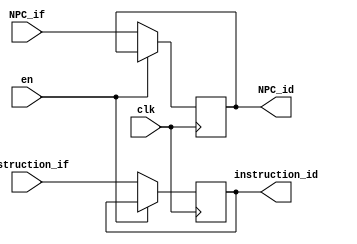
`timescale 1ns / 1ps
//////////////////////////////////////////////////////////////////////////////////
// Company: 
// Engineer: 
// 
// Design Name: 
// Module Name: IF_ID_REG
// Project Name: 
// Target Devices: 
// Tool Versions: 
// Description: 
// 
// Dependencies: 
// 
// Revision:
// Revision 0.01 - File Created
// Additional Comments:
// 
//////////////////////////////////////////////////////////////////////////////////


module IF_ID_REG(
    en,clk,
    NPC_if,instruction_if,
    NPC_id,instruction_id
    );
    input en,clk;
    input [31:0] NPC_if,instruction_if;
    output reg [31:0] NPC_id,instruction_id;
    
    initial
    begin
        NPC_id = 0;
        instruction_id = 0;
    end
    
    always@(posedge clk)
    begin
        if(en == 0)
        begin
            NPC_id = NPC_if;
            instruction_id = instruction_if;
        end
    end
endmodule